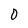
Character: O